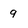
Character: 9